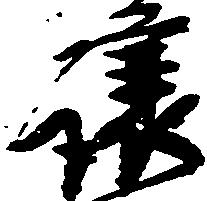
譲